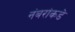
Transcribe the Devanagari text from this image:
नंबरांकडे